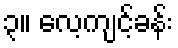
၃။ လေ့ကျင့်ခန်း